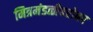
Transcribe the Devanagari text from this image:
मित्रमंडळीबरोबर